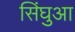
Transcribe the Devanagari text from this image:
सिंघुआ